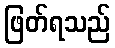
ဖြတ်ရသည်